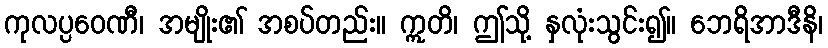
ကုလပ္ပဝေဏီ၊ အမျိုး၏ အစပ်တည်း။ ဣတိ၊ ဤသို့ နှလုံးသွင်း၍။ ဘေရိအာဒီနိ၊